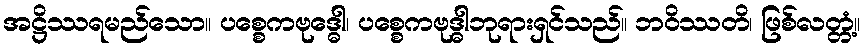
အဋ္ဌိဿရမည်သော။ ပစ္စေကဗုဒ္ဓေါ၊ ပစ္စေကဗုဒ္ဓါဘုရားရှင်သည်။ ဘဝိဿတိ၊ ဖြစ်လတ္တံ့။